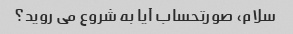
سلام، صورتحساب آیا به شروع می روید؟